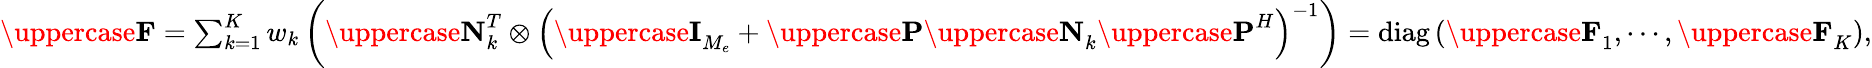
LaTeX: \begin{array}{r}{{\uppercase{\mathbf{F}}}=\sum_{k=1}^{K}w_{k}\left({\uppercase{\mathbf{N}}}_{k}^{T}\otimes\left({\uppercase{\mathbf{I}}}_{M_{e}}+{\uppercase{\mathbf{P}}}{\uppercase{\mathbf{N}}}_{k}{\uppercase{\mathbf{P}}}^{H}\right)^{-1}\right)=\mathrm{{diag}}\left({\uppercase{\mathbf{F}}}_{1},\cdots,{\uppercase{\mathbf{F}}}_{K}\right),}\end{array}